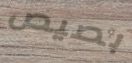
بصيص